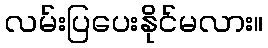
လမ်းပြပေးနိုင်မလား။